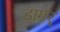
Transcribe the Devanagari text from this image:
डागर्